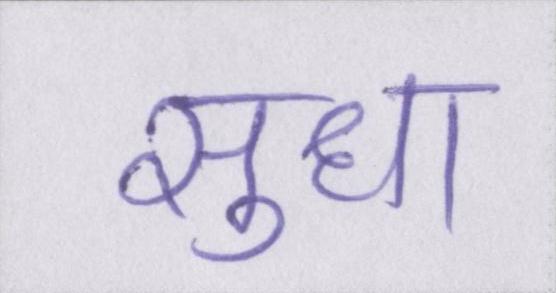
सुधा